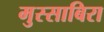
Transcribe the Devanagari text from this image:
मुस्साबिरा